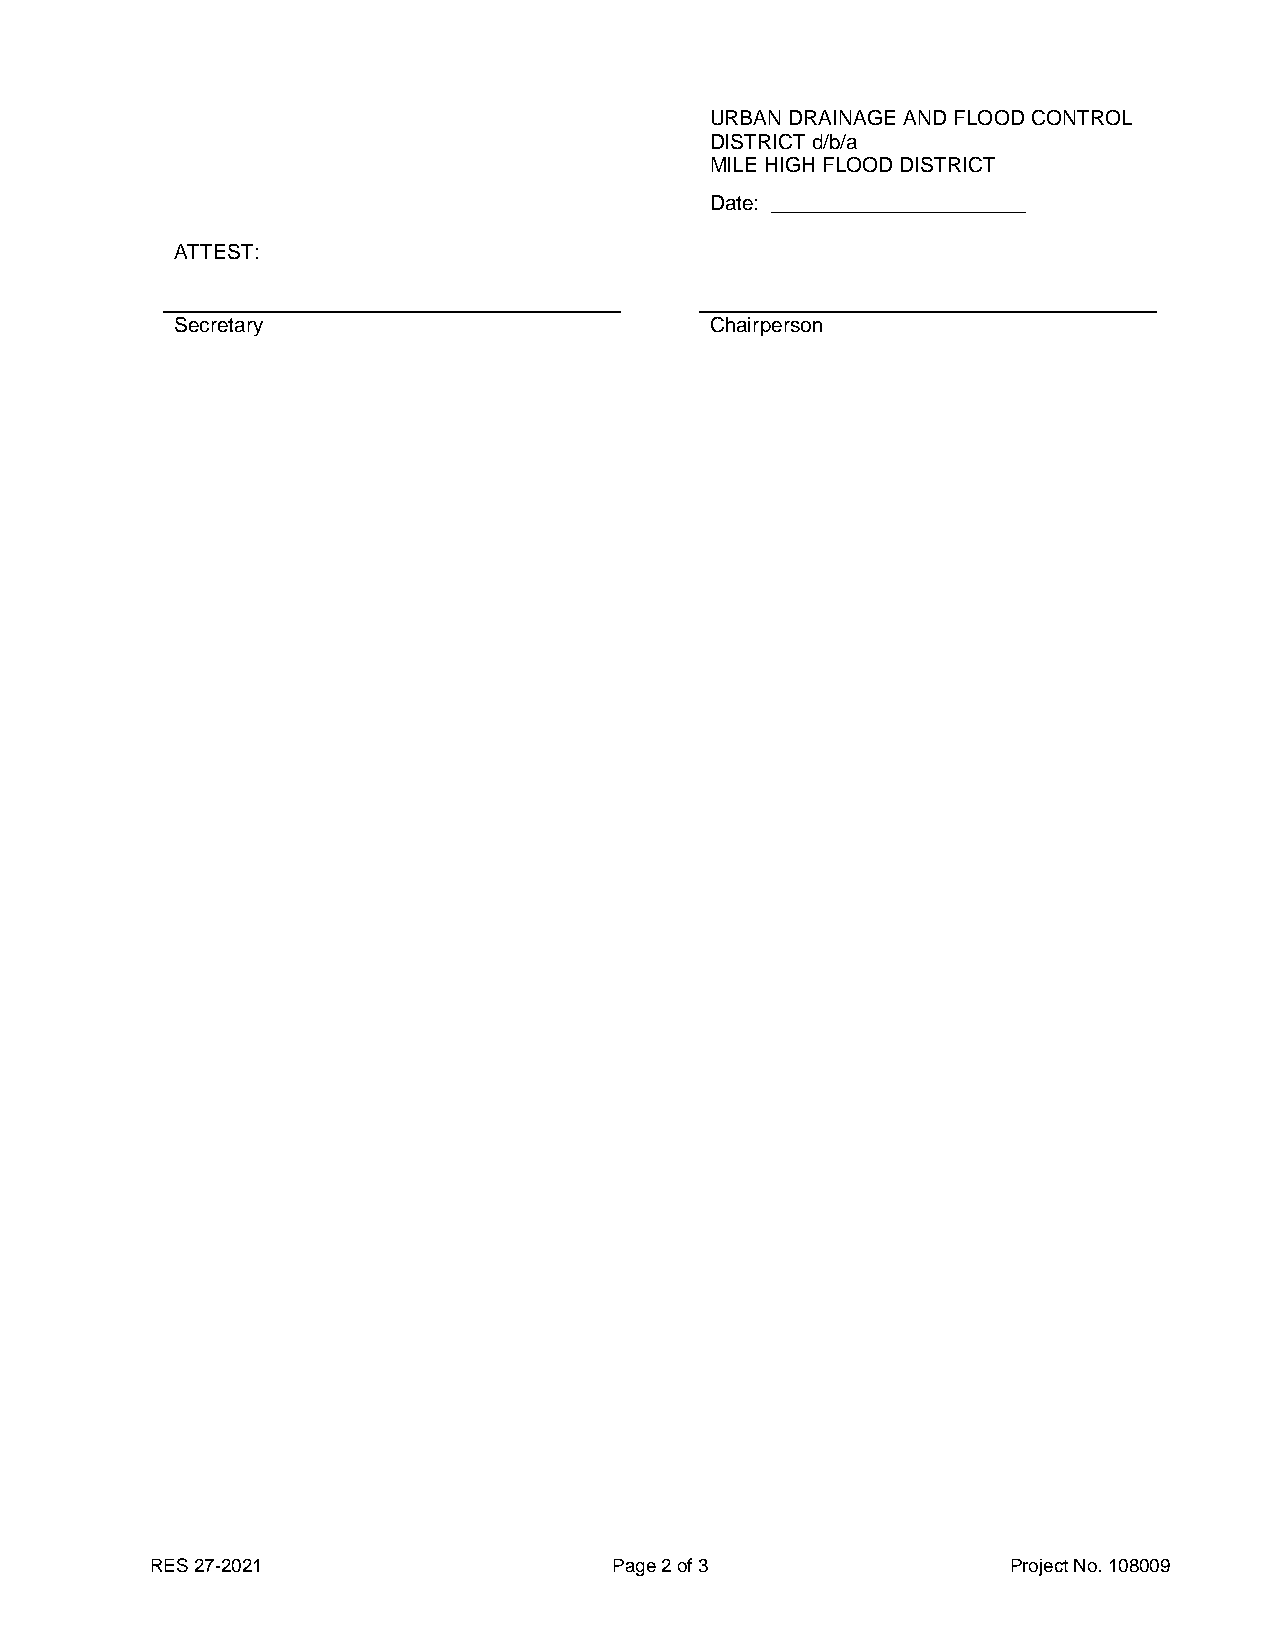
URBAN DRAINAGE AND FLOOD CONTROL
 DISTRICT d/b/a
 MILE HIGH FLOOD DISTRICT
 Date: ______________________
 ATTEST:
 Secretary                          Chairperson
 RES 27-2021                    Page 2 of 3               Project No. 108009